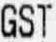
GST